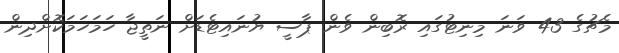
މެޗުގެ 43 ވަނަ މިނިޓުގައި ރޮބިން ވެން ޕާސީ ޔުނައިޓެޑަށް ނަތީޖާ ހަމަހަމަކޮށްދިން